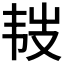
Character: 𩏾